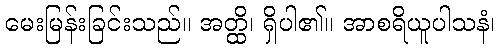
မေးမြန်းခြင်းသည်။ အတ္ထိ၊ ရှိပါ၏။ အာစရိယူပါသနံ၊